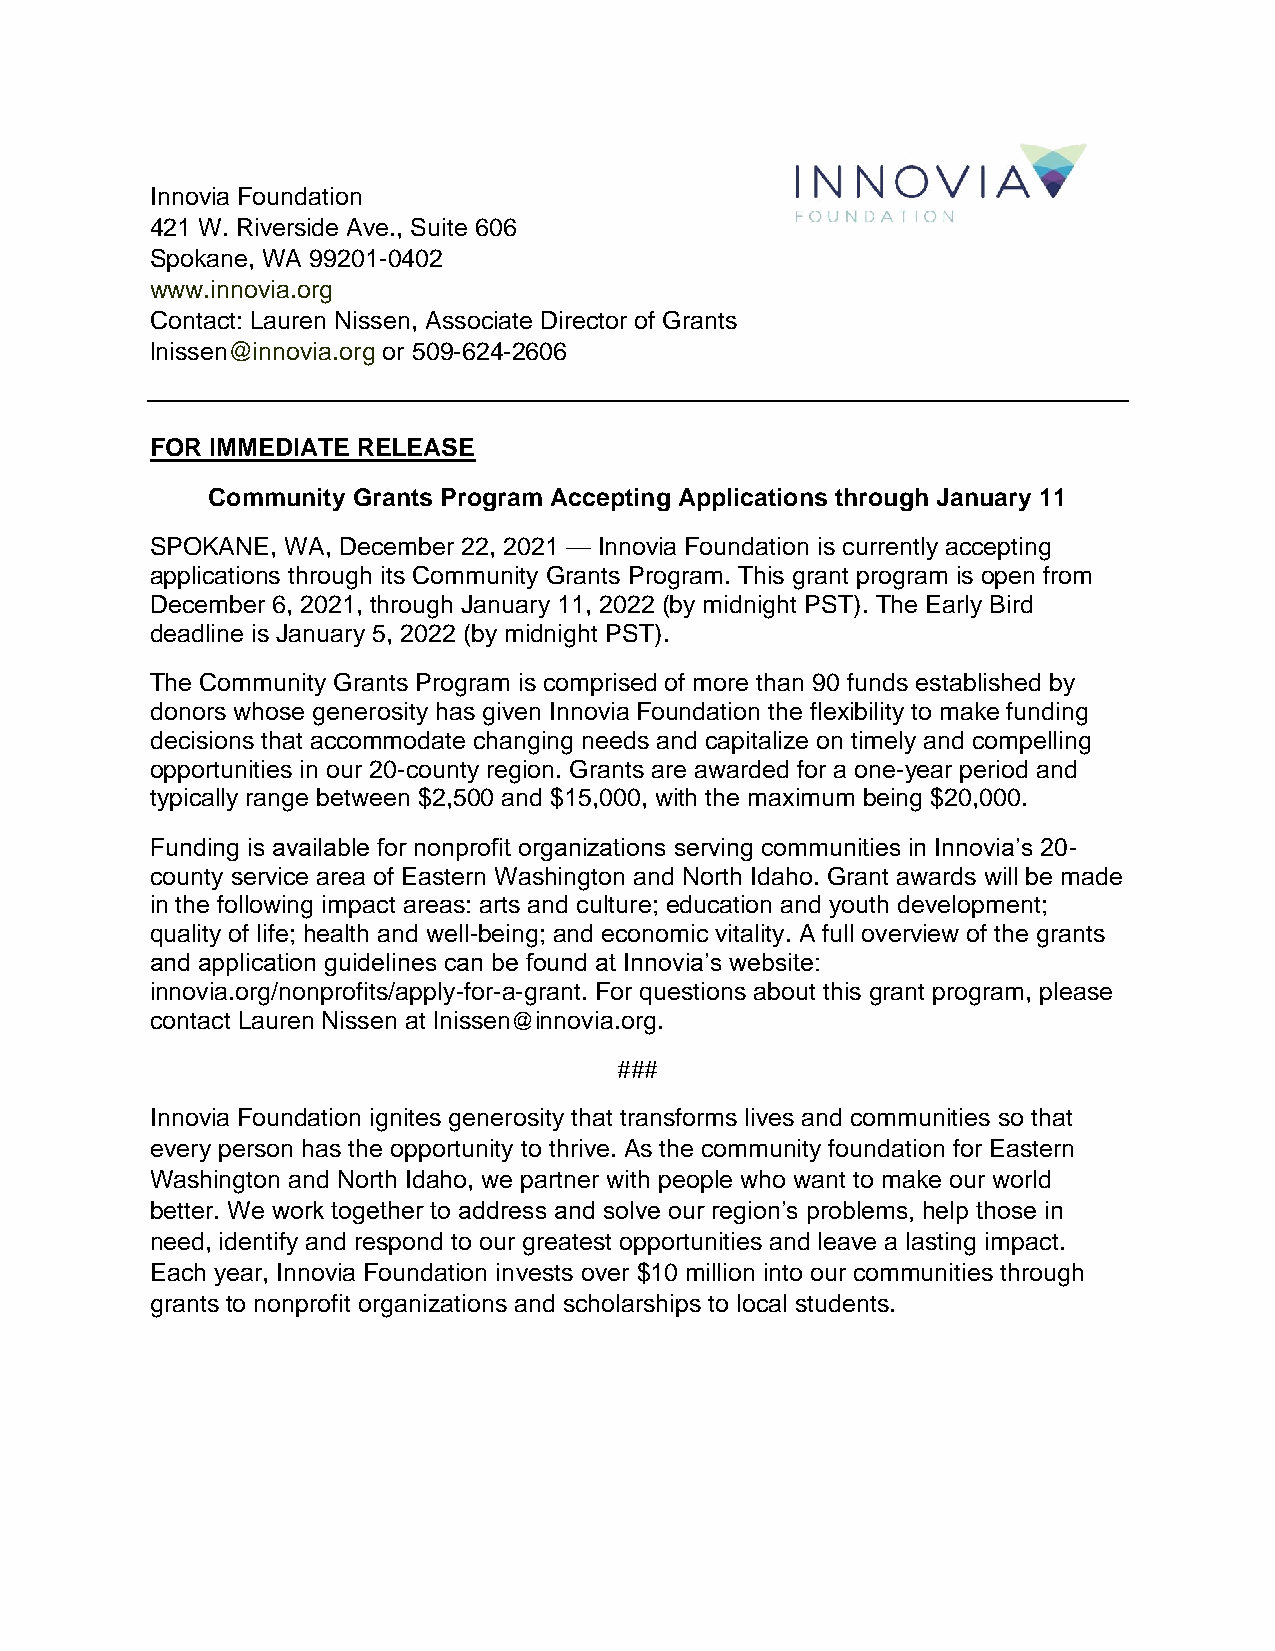
Innovia Foundation
 421 W. Riverside Ave., Suite 606
 Spokane, WA 99201-0402
 www.innovia.org
 Contact: Lauren Nissen, Associate Director of Grants
 lnissen@innovia.org or 509-624-2606
 FOR IMMEDIATE RELEASE
 Community Grants Program Accepting Applications through January 11
 SPOKANE, WA, December 22, 2021 — Innovia Foundation is currently accepting
 applications through its Community Grants Program. This grant program is open from
 December 6, 2021, through January 11, 2022 (by midnight PST). The Early Bird
 deadline is January 5, 2022 (by midnight PST).
 The Community Grants Program is comprised of more than 90 funds established by
 donors whose generosity has given Innovia Foundation the flexibility to make funding
 decisions that accommodate changing needs and capitalize on timely and compelling
 opportunities in our 20-county region. Grants are awarded for a one-year period and
 typically range between $2,500 and $15,000, with the maximum being $20,000.
 Funding is available for nonprofit organizations serving communities in Innovia’s 20-
 county service area of Eastern Washington and North Idaho. Grant awards will be made
 in the following impact areas: arts and culture; education and youth development;
 quality of life; health and well-being; and economic vitality. A full overview of the grants
 and application guidelines can be found at Innovia’s website:
 innovia.org/nonprofits/apply-for-a-grant. For questions about this grant program, please
 contact Lauren Nissen at lnissen@innovia.org.
 ###
 Innovia Foundation ignites generosity that transforms lives and communities so that
 every person has the opportunity to thrive. As the community foundation for Eastern
 Washington and North Idaho, we partner with people who want to make our world
 better. We work together to address and solve our region’s problems, help those in
 need, identify and respond to our greatest opportunities and leave a lasting impact.
 Each year, Innovia Foundation invests over $10 million into our communities through
 grants to nonprofit organizations and scholarships to local students.